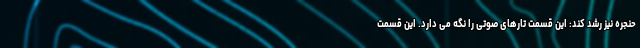
حنجره نیز رشد کند: این قسمت تارهای صوتی را نگه می دارد. این قسمت